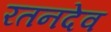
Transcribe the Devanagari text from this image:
रतनदेव